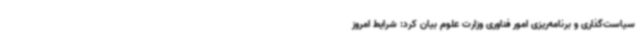
سیاست‌گذاری و برنامه‌ریزی امور فناوری وزارت علوم بیان کرد: شرایط امروز